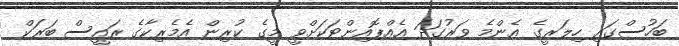
ބަހުސްގައި ހިލަރީގެ އެންމެ ވަރުގަދަ އެއްޕޮއިންޓަކަށްވީ މީގެ ކުރިން އެމެރިކާގެ ރައީސް ބަރަކް